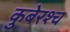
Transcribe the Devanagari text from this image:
कुबेरश्च